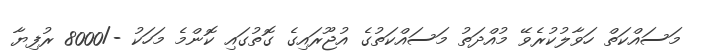
މަސައްކަތް ހަވާލުކުރެވޭ މުއްދަތު މަސައްކަތުގެ އުޖޫރައިގެ ގޮތުގައި ކޮންމެ މަހަކު -/8000 ރުފިޔާ